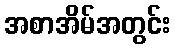
အစာအိမ်အတွင်း